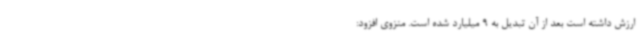
ارزش داشته است بعد از آن تبدیل به 9 میلیارد شده است. منزوی افزود:‌